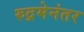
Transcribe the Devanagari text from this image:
रुद्रमेनंतर